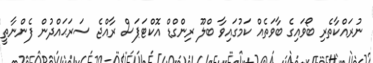
ނުރައްކާތެރި ބޯވައިގެ ބާވަތެއް ކަމުގައިވާ ބްލޫ ރިންގްޑް އޮކްޓަޕަސް ރާއްޖެ ސަރަޙައްދުން ފެންނާތީ